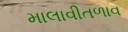
માલાવીતળાવ